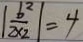
\vert \frac { b ^ { 2 } } { 2 \times 2 } \vert = 4